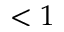
< 1